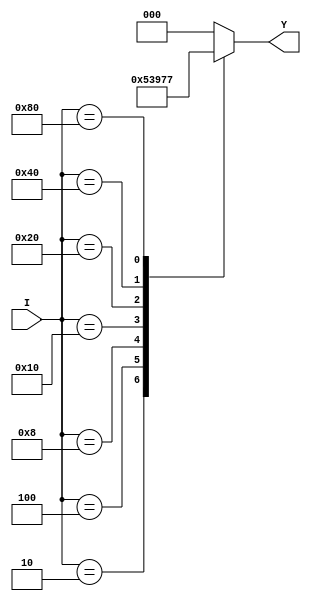
module octal_to_binary_encoder (
    input wire [7:0] I,    // 8 input lines (I0 to I7)
    output reg [2:0] Y     // 3-bit binary output (Y2, Y1, Y0)
);

// Always block to define the behavior of the encoder
always @(*) begin
    case (I)
        8'b00000001: Y = 3'b000; // I0
        8'b00000010: Y = 3'b001; // I1
        8'b00000100: Y = 3'b010; // I2
        8'b00001000: Y = 3'b011; // I3
        8'b00010000: Y = 3'b100; // I4
        8'b00100000: Y = 3'b101; // I5
        8'b01000000: Y = 3'b110; // I6
        8'b10000000: Y = 3'b111; // I7
        default:     Y = 3'b000;  // No input active or invalid state
    endcase
end

endmodule